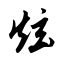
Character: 炫